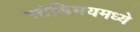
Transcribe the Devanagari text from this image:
स्टेडिमयमध्ये